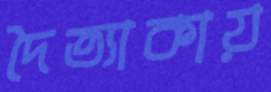
দৈত্যাকায়